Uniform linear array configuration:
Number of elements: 12
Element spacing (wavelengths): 0.5
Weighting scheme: exponential
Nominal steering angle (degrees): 30
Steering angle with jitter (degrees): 28.816
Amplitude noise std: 0.05
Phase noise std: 0.05

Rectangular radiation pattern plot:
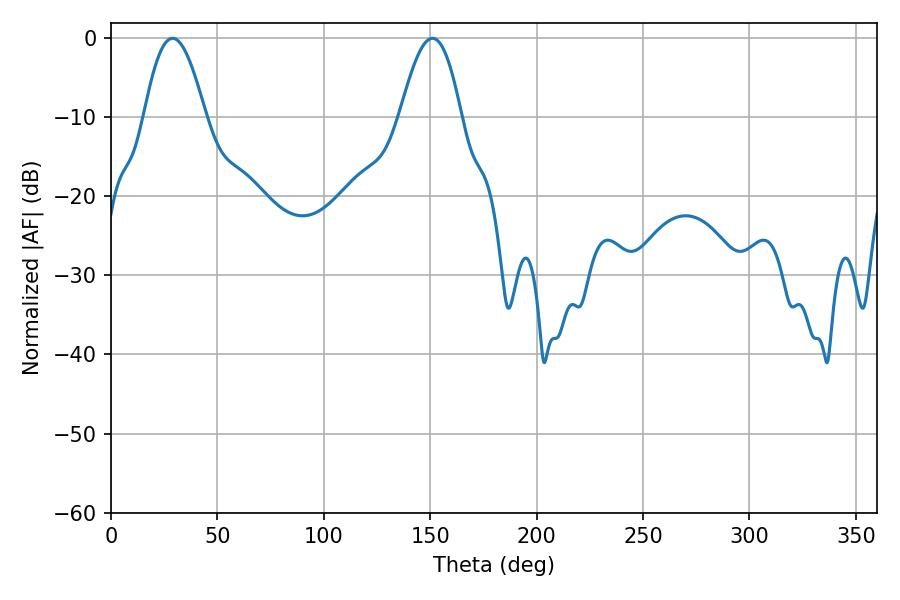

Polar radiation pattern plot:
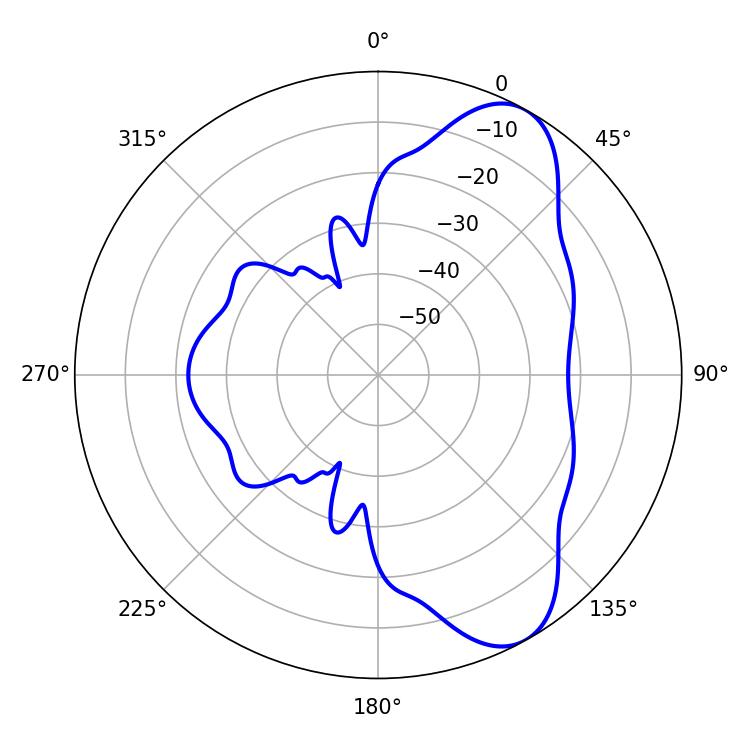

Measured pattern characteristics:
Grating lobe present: FALSE
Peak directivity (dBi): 8.107
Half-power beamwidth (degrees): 15.66
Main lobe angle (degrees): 151.02